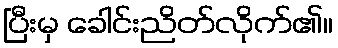
ပြီးမှ ခေါင်းညိတ်လိုက်၏။